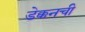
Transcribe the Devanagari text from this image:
डेक्कनची